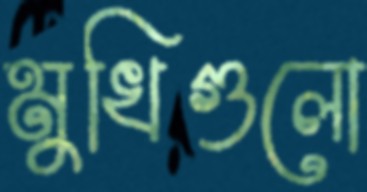
মুখিগুলো